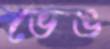
ভেঙ